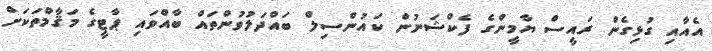
އެއާއި ގުޅިގެން ރައީސް ޔާމީންގެ ފެކްޝަނުން ކައުންސިލް ބައްދަލުވުންތައް ބާއްވައި ޕާޓީގެ މަޤާމްތަކަށް